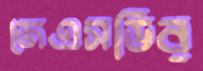
জেএসডির